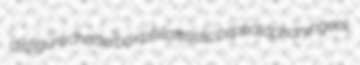
disfigure chatterbox philatelistic cephalopharyngeal